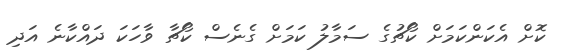
ކޮށް އެކަންކަމަށް ކޯޗުގެ ސަމާލު ކަމަށް ގެނެސް ކޯޗާ ވާހަކަ ދައްކާނެ އަދި